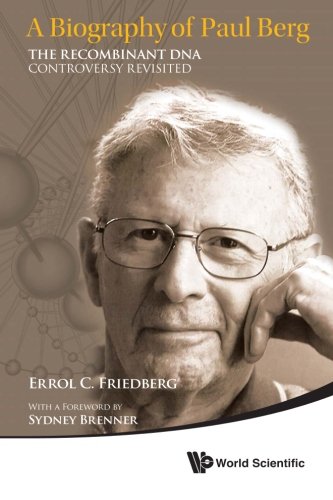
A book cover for A Biography of Paul Berg : The Recombinant DNA Controversy Revisited; Errol C Friedberg; Medical Books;